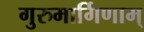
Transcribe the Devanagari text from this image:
गुरुमार्गिणाम्